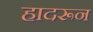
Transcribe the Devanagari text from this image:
हादरून